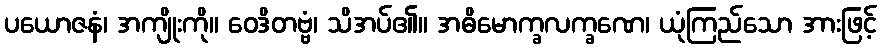
ပယောဇနံ၊ အကျိုးကို။ ဝေဒိတဗ္ဗံ၊ သိအပ်၏။ အဓိမောက္ခလက္ခဏေ၊ ယုံကြည်သော အားဖြင့်